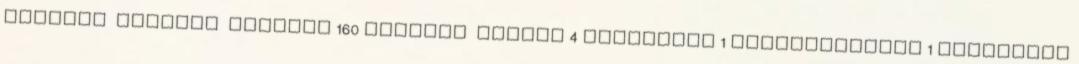
reggeli tízórai uzsonna 160 savanyú befőtt 4 almazselé 1 aranydurbincs 1 articsóka